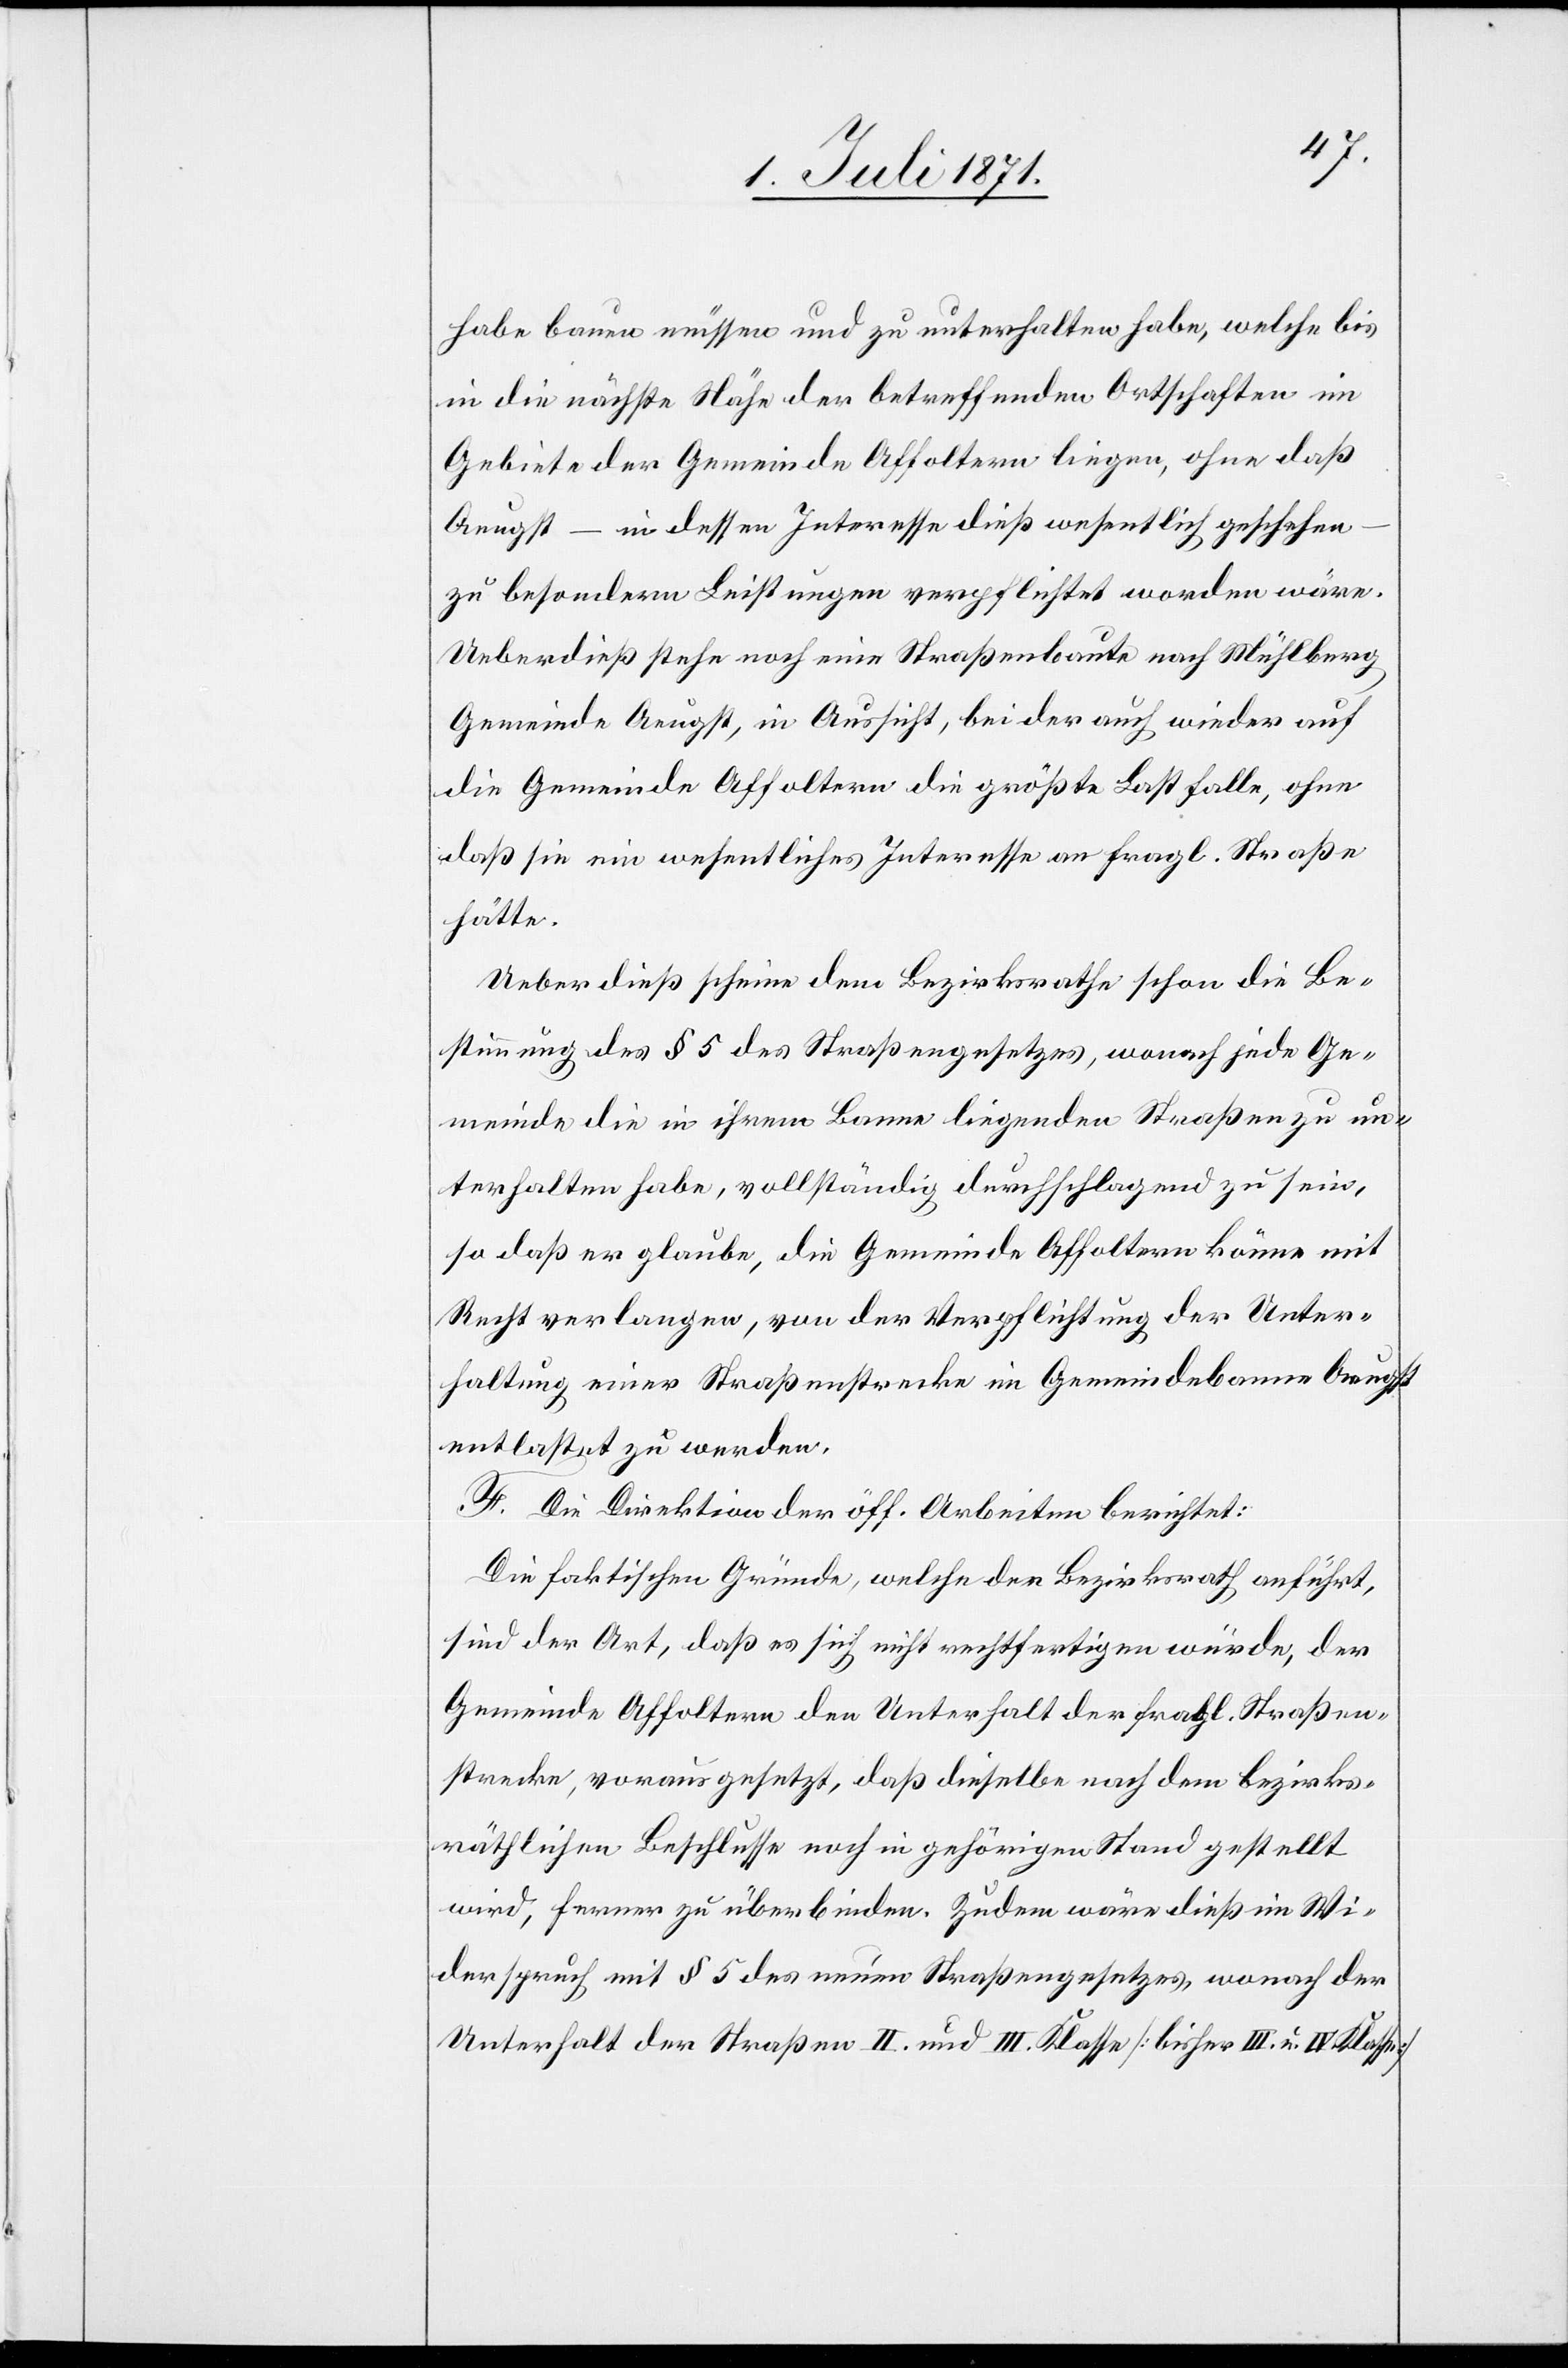
habe bauen müssen und zu unterhalten habe, welche bis
in die nächste Nähe der betreffenden Ortschaften im
Gebiete der Gemeinde Affoltern liegen, ohne daß
Aeugst – in dessen Interesse dieß wesentlich geschehen
zu besondern Leistungen verpflichtet worden wäre.
Ueberdieß stehe noch eine Straßenbaute nach Mühleberg
Gemeinde Aeugst, in Aussicht, bei der auch wieder auf
die Gemeinde Affoltern die größte Last falle, ohne
daß sie ein wesentliches Interesse an fragl. Straße
hätte.
Ueberdieß scheine dem Bezirksrath schon die Be¬
stimmung des § 5 des Straßengesetzes, wonach jede Ge¬
meinde die in ihrem Banne liegenden Straßen zu un¬
terhalten habe, vollständig durchschlagend zu sein,
so daß er glaube, die Gemeinde Affoltern könne mit
Recht verlangen, von der Verpflichtung der Unter¬
haltung einer Straßenstrecke im Gemeindebanne Aeugst
entlastet zu werden.
F. Die Direktion der öff. Arbeiten berichtet:
Die faktischen Gründe, welche der Bezirksrath anführt,
sind der Art, daß es sich nicht rechtfertigen würde, der
Gemeinde Affoltern den Unterhalt der fragl. Straßen¬
strecke, vorausgesetzt, daß dieselbe nach dem bezirks¬
räthlichen Beschlusse noch in gehörigen Stand gestellt
wird, ferner zu überbinden. Zudem wäre dieß im Wi¬
derspruch mit § 5 des neuen Straßengesetzes, wonach der
Unterhalt der Straßen II. und III. Klasse [bisher III. u. IV. Klasse]